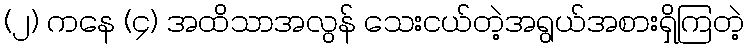
(၂) ကနေ (၄) အထိသာအလွန် သေးငယ်တဲ့အရွယ်အစားရှိကြတဲ့